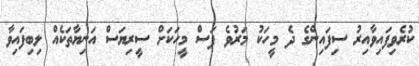
ކުރެވިފައިވާއިރު ސިފައިންގެ ދެ މީހަކު މަރުވެ ފަސް މީހަކަށް ސީރިޔަސް އަނިޔާތަކެއް ލިބިފައިވާ